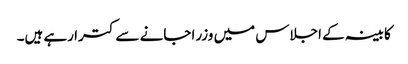
کابینہ کے اجلاس میں وزرا جانے سے کترا رہے ہیں۔